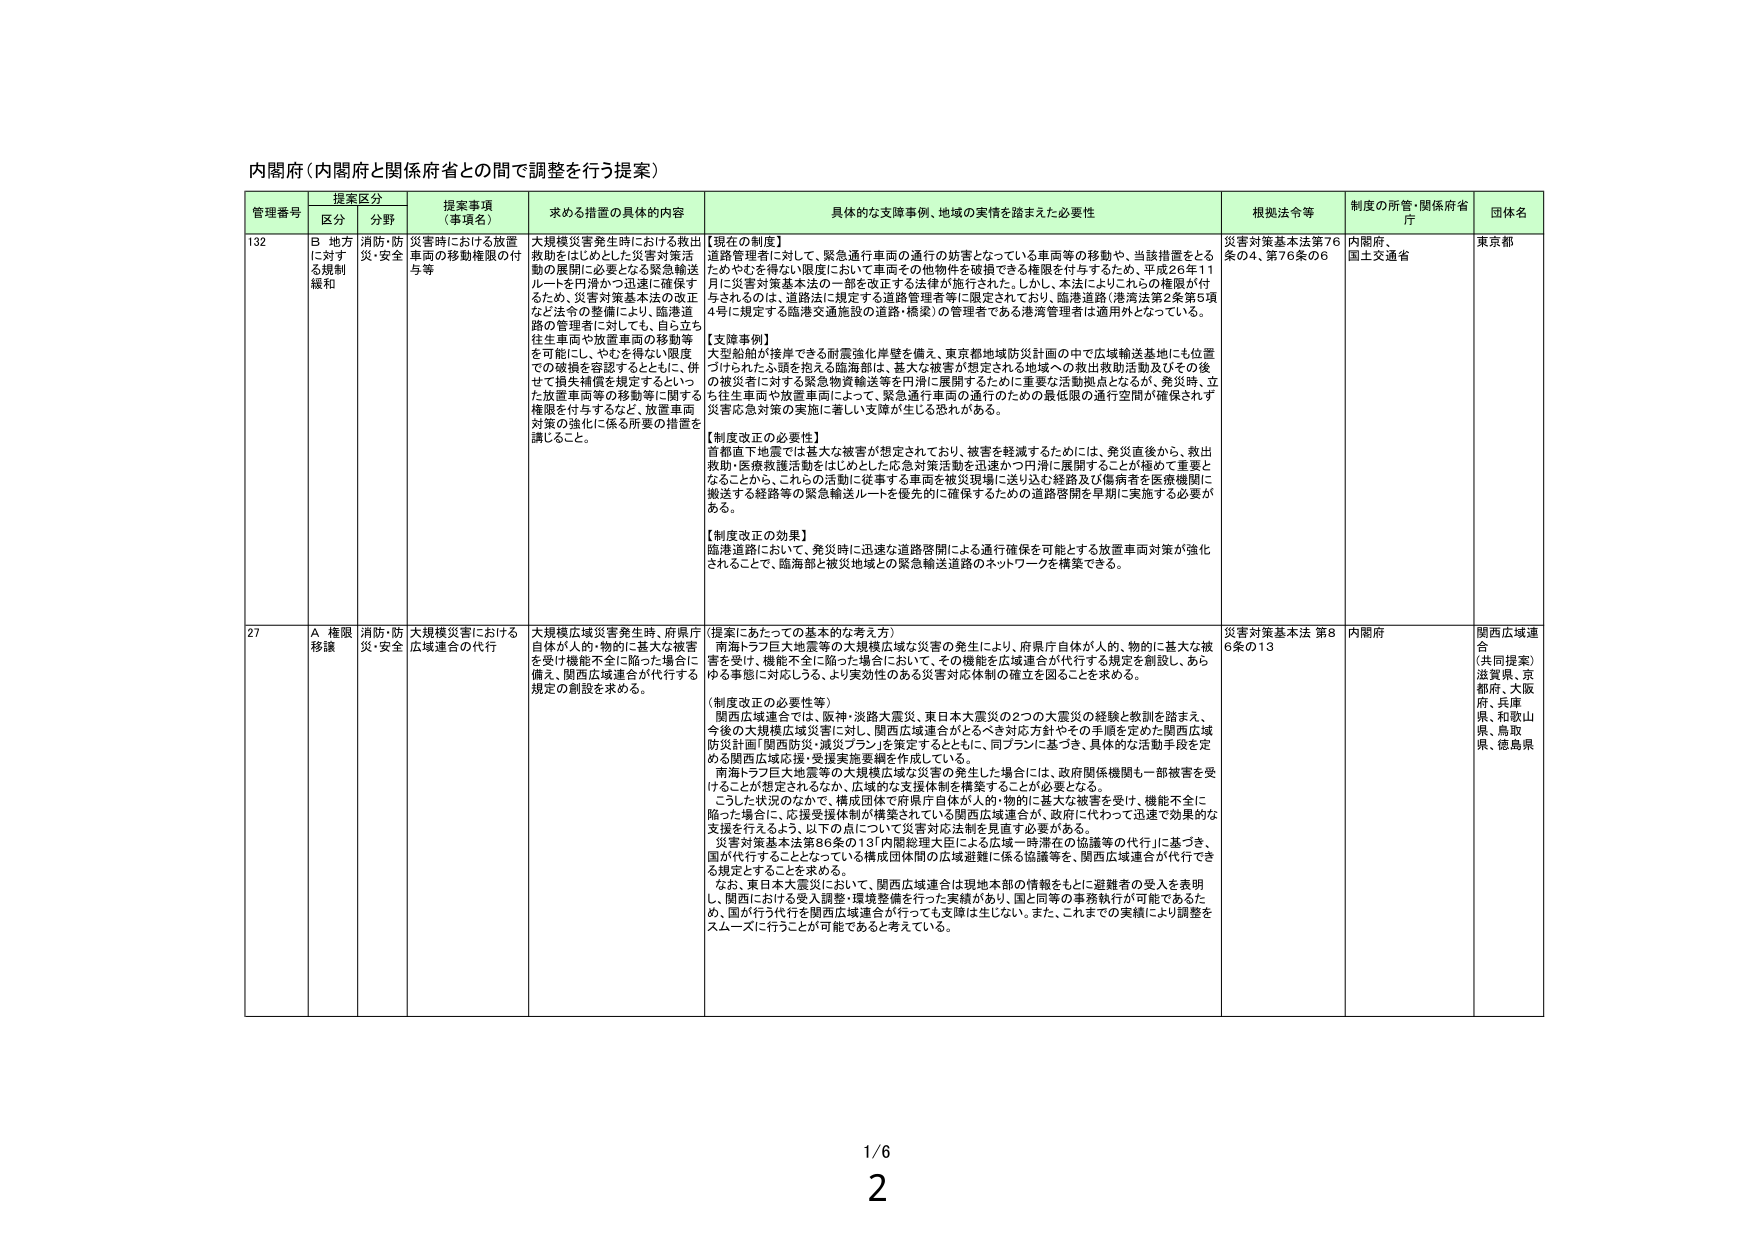
内閣府（内閣府と関係府省との間で調整を行う提案）

管理番号 提案区分 提案事項（事項名） 求める措置の具体的内容 具体的な支援事例、地域の実情を踏まえた必要性 根拠法令等 制度の所管・関係府省庁 団体名
区分 分野

132 B 地方に対する規制緩和 消防・防災・安全 災害時における放置車両の移動権限の付与等 大規模災害発生時における救出救助をはじめとした災害対策活動の展開に必要となる緊急輸送ルートを円滑かつ迅速に確保するため、災害対策基本法の改正など法令の整備により、臨港道路の管理者に対しても、自ら立ち往生車両や放置車両の移動等を可能にし、やむを得ない限度での破損を容認するとともに、併せて損失補償を規定するといった放置車両等の移動等に関する権限を付与するなど、放置車両対策の強化に係る所要の措置を講じること。 【現在の制度】
道路管理者に対して、緊急通行車両の通行の妨害となっている車両等の移動や、当該措置をとるためやむを得ない限度において車両その他物件を破損できる権限を付与するため、平成26年11月に災害対策基本法の一部を改正する法律が施行された。しかし、本法によりこれらの権限が付与されるのは、道路法に規定する道路管理者等に限定されており、臨港道路（港湾法第2条第5項4号に規定する臨港交通施設の道路・橋梁）の管理者である港湾管理者は適用外となっている。
【支援事例】
大型船舶が接岸できる耐震強化岸壁を備え、東京都地域防災計画の中で広域輸送基地にも位置づけられたふ頭を抱える臨海部は、重大な被害が想定される地域への救出救助活動及びその後の被災者に対する緊急物資輸送等を円滑に展開するために重要な活動拠点となるが、発災時、立ち往生車両や放置車両によって、緊急通行車両の通行のための最低限の通行空間が確保されず災害応急対策の実施に著しい支障が生じる恐れがある。
【制度改正の必要性】
首都直下地震では重大な被害が想定されており、被害を軽減するためには、発災直後から、救出救助・医療救護活動をはじめとした応急対策活動を迅速かつ円滑に展開することが極めて重要となることから、これらの活動に従事する車両を被災現場に送り込む経路及び傷病者を医療機関に搬送する経路等の緊急輸送ルートを優先的に確保するための追跡啓開を早期に実施する必要がある。
【制度改正の効果】
臨港道路において、発災時に迅速な道路啓開による通行確保を可能とする放置車両対策が強化されることで、臨海部と被災地域との緊急輸送道路のネットワークを構築できる。 災害対策基本法第76条の4、第76条の6 内閣府、国土交通省 東京都

27 A 権限移譲 消防・防災・安全 大規模災害における広域連合の代行 大規模広域災害発生時、府県庁自体が人的・物的に甚大な被害を受け機能不全に陥った場合に備え、関西広域連合が代行する規定の創設を求める。 （提案にあたっての基本的な考え方）
南海トラフ巨大地震等の大規模広域な災害の発生により、府県庁自体が人的・物的に甚大な被害を受け、機能不全に陥った場合において、その機能を広域連合が代行する規定を創設し、あらゆる事態に対応しうる、より実効性のある災害対応体制の確立を図ることを求める。
（制度改正の必要性等）
関西広域連合では、阪神・淡路大震災、東日本大震災の2つの大震災の経験と教訓を踏まえ、今後の大規模広域災害に対し、関西広域連合がとるべき対応方針やその手順を定めた「関西広域防災計画「関西防災・減災プラン」を策定するとともに、同プランに基づき、具体的な活動手段を定める関西広域応援・受援実施要綱を作成している。
南海トラフ巨大地震等の大規模広域な災害の発生した場合には、政府関係機関も一部被害を受けることが想定されるなか、広域的な支援体制を構築することが必要となる。
こうした状況のなかで、構成団体で府県庁自体が人的・物的に甚大な被害を受け、機能不全に陥った場合に、応援支援体制が構築されている関西広域連合が、政府に代わって迅速で効果的な支援を行うよう、以下の点について災害対応法制を見直す必要がある。
・災害対策基本法第86条の13「内閣総理大臣による広域一時滞在の協議等の代行」に基づき、国が代行することとなっている構成団体間の広域避難に係る協議等を、関西広域連合が代行できる規定とすることを求める。
・なお、東日本大震災において、関西広域連合は現地本部の情報をもとに避難者の受入を表明し、関西における受入調整・環境整備を行った実績があり、国と同等の事務執行が可能であるため、国が行う代行を関西広域連合が行っても支援は生じない。また、これまでの実績により調整をスムーズに行うことが可能であると考えている。 災害対策基本法 第86条の13 内閣府 関西広域連合（共同提案）滋賀県、京都府、大阪府、兵庫県、和歌山県、鳥取県、徳島県

1/6
2